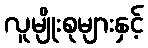
လူမျိုးစုများနှင့်